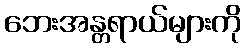
ဘေးအန္တရာယ်များကို